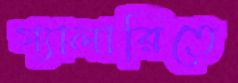
গ্যালারিতে